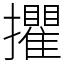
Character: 㩴